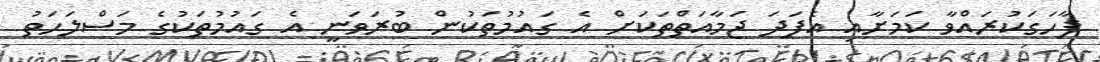
ފާހަގަކުރައްވާ ކަމަށާއި އެފަދަ ޖަމާއަތްތަކަށް އެ ގައުމުތަކުން ބުރަވަނީ އެ ގައުމުތަކުގެ މަސްލަހަތު